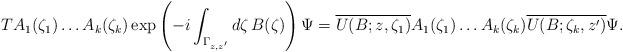
LaTeX: \begin{align*}TA_1(\zeta_1)\dots A_k(\zeta_k)\exp\left(-i\int_{\Gamma_{z,z'}}d\zeta\,B(\zeta) \right)\Psi = \overline{U(B;z,\zeta_1)}A_1(\zeta_1)\dots A_k(\zeta_k)\overline{U(B;\zeta_k,z')}\Psi.\end{align*}